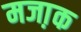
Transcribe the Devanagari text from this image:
मजा़क